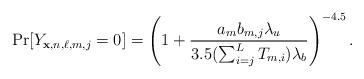
LaTeX: \begin{align*}\Pr[Y_{\mathbf x, n,\ell, m,j}=0]=\left(1+\frac{a_{m}b_{m,j}\lambda_u}{3.5(\sum_{i=j}^LT_{m,i})\lambda_b}\right)^{-4.5}.\end{align*}